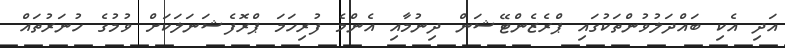
އަދި އެކި ބައްދަލުވުންތަކުގައި ޕްރެޒެންޓޭޝަން ދިނުމާއި އެންމެ ފުރިހަމަ ޕްރޮފެޝަނަލަކަށް ވުމުގެ ހުނަރުތައް